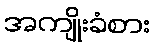
အကျိုးခံစား